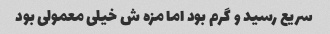
سریع رسید و گرم بود اما مزه ش خیلی معمولی بود